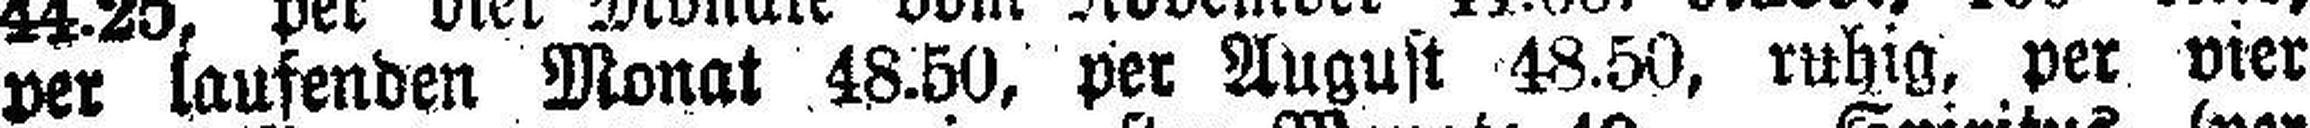
per laufenden Monat 48.50, per August 48.50, ruhig, per vier